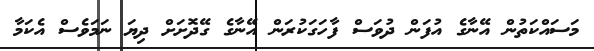
މަސައްކަތުން އޭނާގެ އުފަން ދުވަސް ފާހަގަކުރަން އޭނާގެ ގޭދޮށަށް ދިޔަ ނަމަވެސް އެކަމާ